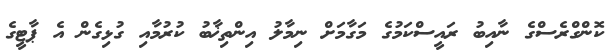
ކޮންގްރެސްގެ ނާއިބު ރައީސްކަމުގެ މަގާމަށް ނިމާލު އިންތިޚާބު ކުރުމާއި ގުޅިގެން އެ ޕާޓީގެ